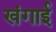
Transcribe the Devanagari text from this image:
खंगाई